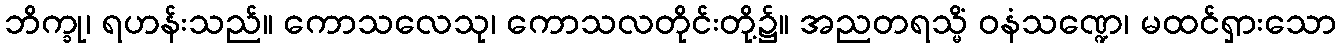
ဘိက္ခု၊ ရဟန်းသည်။ ကောသလေသု၊ ကောသလတိုင်းတို့၌။ အညတရသ္မိံ ဝနံသဏ္ဍေ၊ မထင်ရှားသော